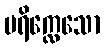
ပရိက္လေသော